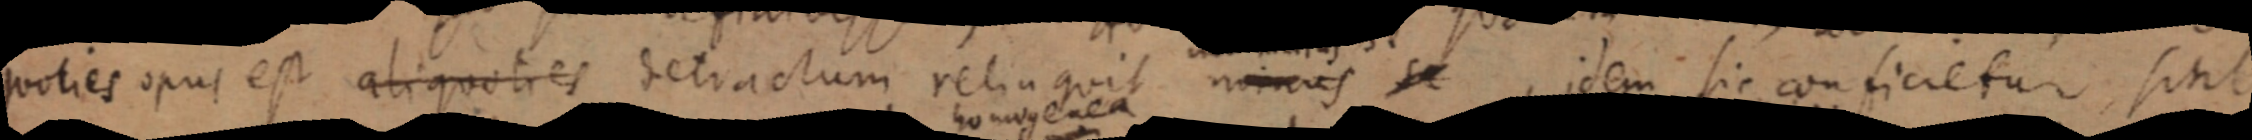
quoties opus est aliquotres decractum, reliuquit nomus se idem sic consicietur, sint